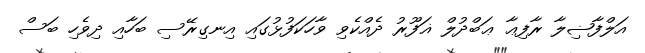
އަލްފާޟިލާ ރާފިޢާ ޢަބްދުލް ޣަފޫރު ދެއްކެވި ވާހަކަފުޅުގައި އިނގިރޭސި ބަހާއި ދިވެހި ބަސް